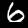
Digit: 6